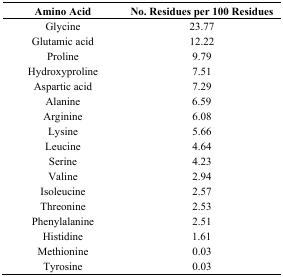
<table><thead><tr><td><b>Amino Acid</b></td><td><b>No. Residues per 100 Residues</b></td></tr></thead><tbody><tr><td>Glycine</td><td>23.77</td></tr><tr><td>Glutamic acid</td><td>12.22</td></tr><tr><td>Proline</td><td>9.79</td></tr><tr><td>Hydroxyproline</td><td>7.51</td></tr><tr><td>Aspartic acid</td><td>7.29</td></tr><tr><td>Alanine</td><td>6.59</td></tr><tr><td>Arginine</td><td>6.08</td></tr><tr><td>Lysine</td><td>5.66</td></tr><tr><td>Leucine</td><td>4.64</td></tr><tr><td>Serine</td><td>4.23</td></tr><tr><td>Valine</td><td>2.94</td></tr><tr><td>Isoleucine</td><td>2.57</td></tr><tr><td>Threonine</td><td>2.53</td></tr><tr><td>Phenylalanine</td><td>2.51</td></tr><tr><td>Histidine</td><td>1.61</td></tr><tr><td>Methionine</td><td>0.03</td></tr><tr><td>Tyrosine</td><td>0.03</td></tr></tbody></table>